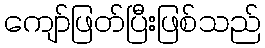
ကျော်ဖြတ်ပြီးဖြစ်သည်